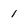
Character: 1